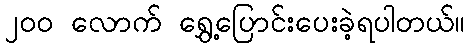
၂၀၀ လောက် ရွှေ့ပြောင်းပေးခဲ့ရပါတယ်။